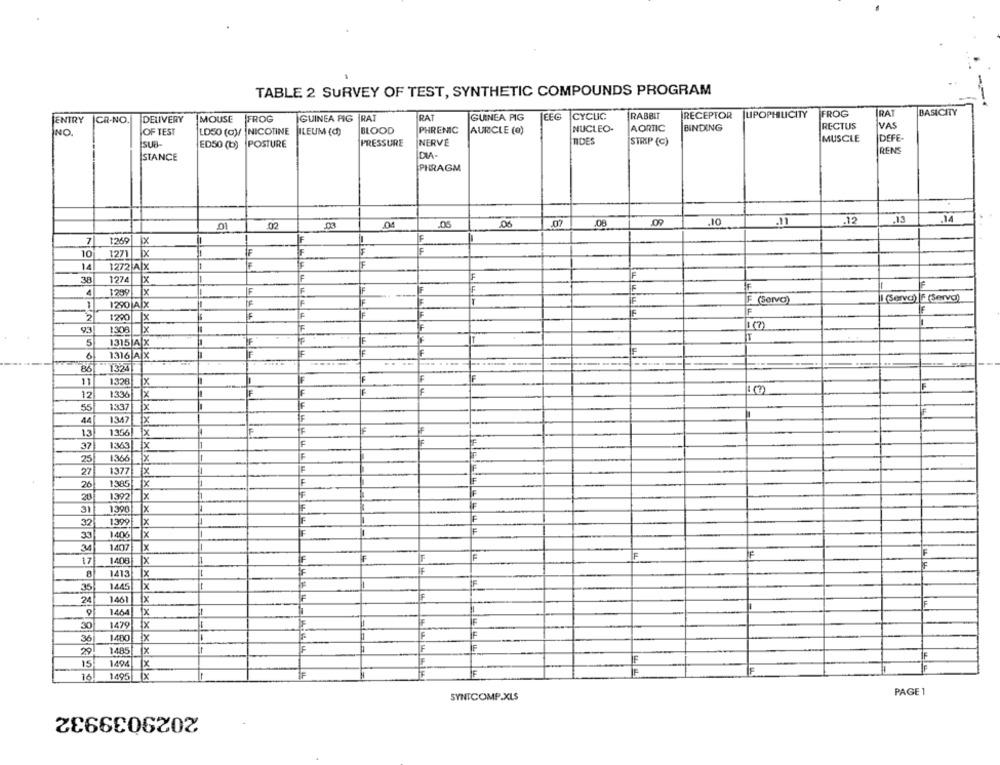
TABLE 2 SURVEY OF TEST, SYNTHETIC COMPOUNDS PROGRAM
RAT
GUINEA PIG
CYCLIC
RABBIT
RECEPTOR |UPOPHILICITY
FROG
RAT
BASICITY
ENTRY CR-NO.
DELIVERY
MOUSE
FROG
GUINEA PIG |RAT
NO.
OF TEST
LD50 (o)/ NICOTINE
ILEUM (d)
BLOOD
PHRENIC
AURICLE (e)
NUCLEO-
AORTIC
BINDING
RECTUS
VAS
MUSCLE
DEFE
İSUR-
ED50 (b) POSTURE
PRESSURE
NERVE
TIDES
STRIP (C)
RENS
STANCE
PHRAGM
.10
.12
.13
.01
02
.03
.08
7
1269
x
1271
IX
IF
F
10
14
1272 A X
F
IF
F
38
1274
IF
IF
F
1299
I (Serva) |F (Serva)
1290 AX
IF
F (Servo)
F
F
1290
Ix
IF
93
1308
lx
It (?)
5
1315 A X
IF
F
IF
IF
6
1316 A x
IF
86
1324
----
F-
11
1328
F
F
12
1336
x
F
55
1337
Ix
44
1347
1.3
1356
1363
x
x x x xix x
37
1366
Ix
25
27
1377
26
1385
28
1392
X x
31
1390
32
1399|
1x
33
1406
x
F
34
1407
x
F
F
17
1408
Ix
8
1413
x
IF
35
1445
x
24
1461
F
1464
x
-
30
1479
X
F
F
36
1480
Ix
20
1485
x
F
15
1494
x
F
16
1495
1X
SYNTCOMP.XLS
PAGE 1
2029039932